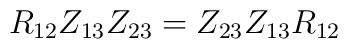
R_{12}Z_{13}Z_{23}     =      Z_{23}Z_{13}R_{12}